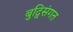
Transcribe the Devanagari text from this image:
बुद्विसंगत